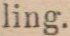
ling.